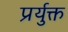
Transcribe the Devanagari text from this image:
प्रर्युक्त